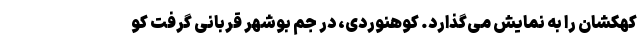
کهکشان را به نمایش می‌گذارد. کوهنوردی، در جم بوشهر قربانی گرفت کو